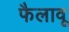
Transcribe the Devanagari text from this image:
फैलावू